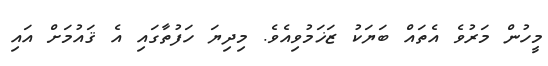
މީހުން މަރުވެ އެތައް ބަޔަކު ޒަޚަމުވިއެވެ. މިދިޔަ ހަފުތާގައި އެ ޤައުމަށް އައި